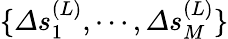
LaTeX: \{ \varDelta s_{1}^{(L)},\cdots,\varDelta s_{M}^{(L)}\}